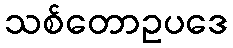
သစ်တောဥပဒေ